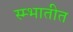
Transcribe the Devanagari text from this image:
स्म्भातीत